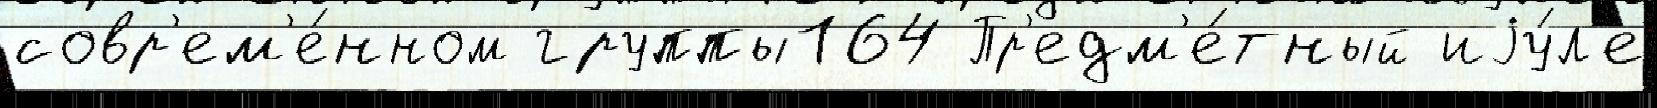
совр'ем'е́нном группы164 Пр'едм'е́тный иjу́л'е